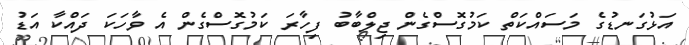
އަޅުގަނޑުގެ މަސައްކަތް ކަމުގޮސްގެން ޖިލްބާބު ފިހާރަ ކަމުގޮސްގެން އެ ވާހަކަ ދައްކާ އަޑު